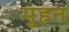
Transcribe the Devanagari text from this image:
मुहन